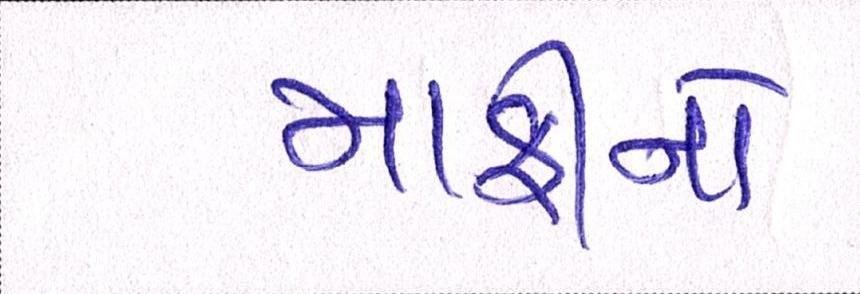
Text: માફીનો